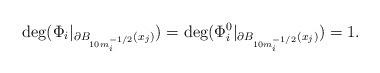
LaTeX: \begin{align*}\deg( \Phi_i \vert_{\partial B_{10 m_i^{-1/2}} (x_j)} ) = \deg( \Phi^0_i \vert_{\partial B_{10 m_i^{-1/2}}(x_j)} ) =1.\end{align*}